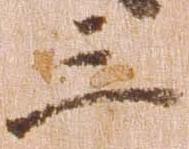
三